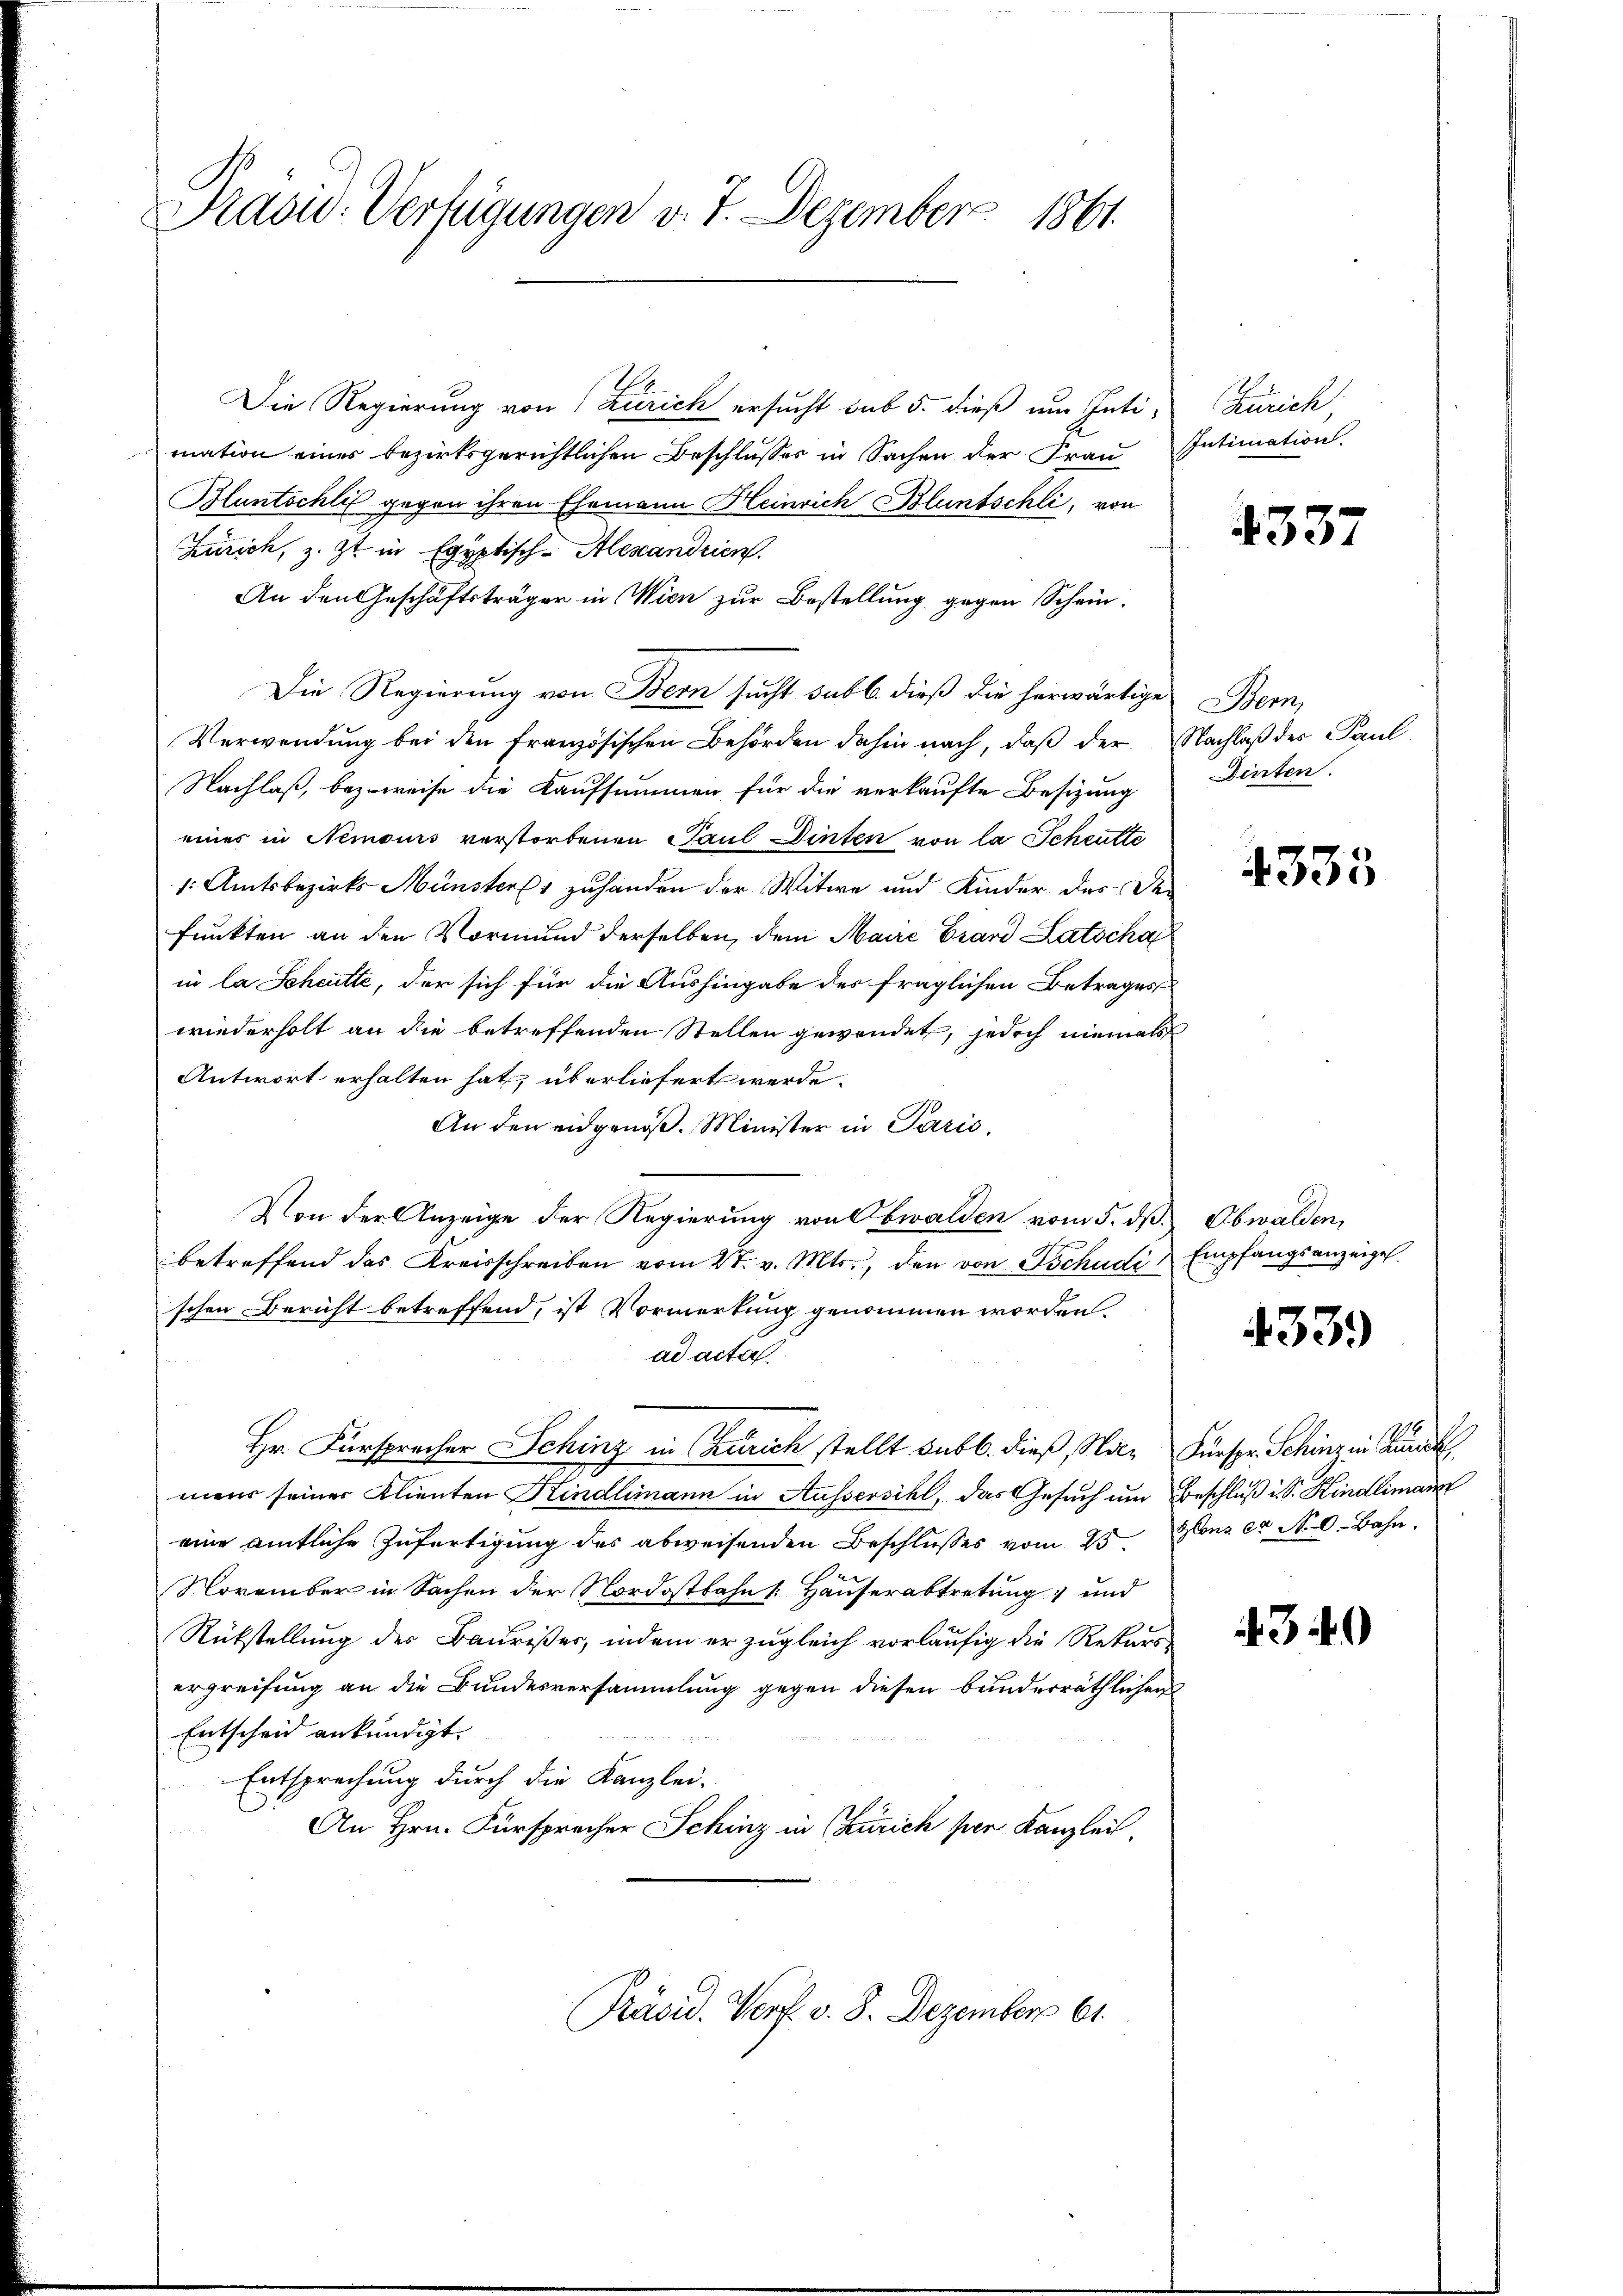
Kraow. Verfügungen v. 7. Dezember 1861.

Die Regierung von Zürich ersucht sub 5. dieß um Inti- Zürich,
mation eines bezirksgerichtlichen Beschlŭsses in Sachen der Frau Intimation.
Bluntschlis gegen ihren Ehemann Heinrich Bluntschli, von
Zürich, z. Zt. in Egyptisch-Alexandrien.
An den Geschäftsträger in Wien zur Bestellung gegen Schein¬
Die Regierung von Bern sucht sub b. dieß die herwärtige Bern,
Verwendung bei den französischen Behörden dahin nach, daß der Nachlaß des Paul
Nachlaß, bezweise die Kaufsummen für die verkaufte Besizung
eines in Nemours verstorbenen Paul Dinten von la Schritte
1. Amtsbezirks Münsters zuhanden der Witwe und Kinder des De-
funkten an den Vormund derselben, dem Maire Grand Latscha
in la Scheitte, der sich für die Aushingabe des fraglichen Betrages
wiederholt an die betreffenden Stellen gewendet, jedoch niemals
Antwort erhalten hat, überliefert werde.
An den eidgenöß. Minister in Paris,
Von der Anzeige der Regierung von Obwalden vom 5. dß. Obwalden,
betreffend das Kreisschreiben vom 2t. v. Mts., den von Tschudi
schen Bericht betreffend, ist Vorwerkung genommen worden.
ad acta.
Hr. Fürsprecher Schinz in Zürich stellt sub b. dieß, Nic- Fürspr. Schinz in Be
meir seiner Klienten Kindlimann in Aussersihl, das Gesuch um Beschluß in Sr. Kindlimann
eine amtliche Zufertigung des abweisenden Beschlusses vom 25ten Ganz er N. O. Bahn
November in Sachen der Nordostbahn (: Hauserabtretung und
Rückstellung des Baurister, indem er zugleich vorläufig die Rekurs
ergreifung an die Bundesversammlung gegen diesen bunderräthlichen
Entscheid ankündigt.
Entsprechung durch die Kanzlei-
An Hrn. Fürsprecher Schinz in Zürich per Kanzlei.

Präsid. Verf. v. 8. Dezember 61.

4337

Dinten.

4335

Empfangsanzeigel.

433.

4340